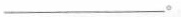
___。